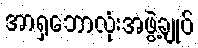
အာရှဘောလုံးအဖွဲ့ချုပ်